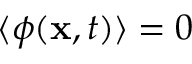
\langle \phi ( \mathbf { x } , t ) \rangle = 0